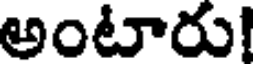
అంటారు!